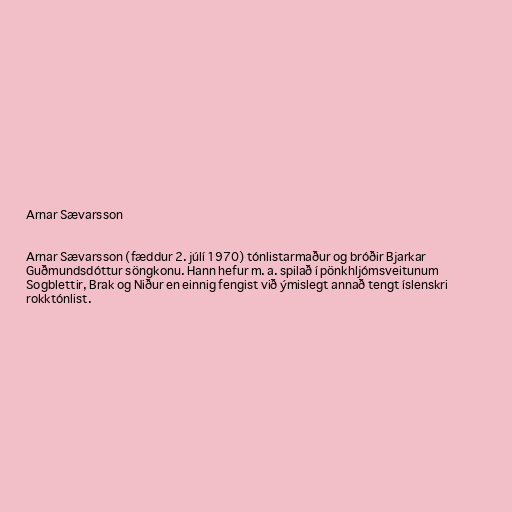
Arnar Sævarsson

Arnar Sævarsson (fæddur 2. júlí 1970) tónlistarmaður og bróðir Bjarkar
Guðmundsdóttur söngkonu. Hann hefur m. a. spilað í pönkhljómsveitunum
Sogblettir, Brak og Niður en einnig fengist við ýmislegt annað tengt íslenskri
rokktónlist.